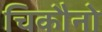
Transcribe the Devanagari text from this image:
चिकौनो